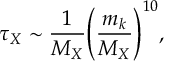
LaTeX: \tau _ { X } \sim \frac { 1 } { M _ { X } } { \left( \frac { m _ { k } } { M _ { X } } \right) } ^ { 1 0 } ,